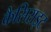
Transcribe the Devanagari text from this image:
कैसिराइट